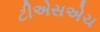
ટીએસએચ